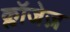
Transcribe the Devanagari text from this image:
क्लॉजेज़